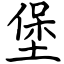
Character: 堡